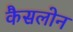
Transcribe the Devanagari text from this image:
कैसलोन